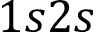
1 s 2 s